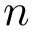
n